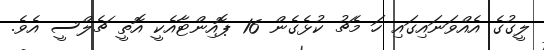
ލީގުގެ އެއްވަނައިގައި ހަ މެޗު ކުޅެގެން 16 ޕޮއިންޓާއެކީ އޮތީ ޗެލްސީ އެވެ.